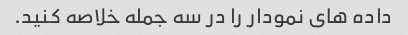
داده های نمودار را در سه جمله خلاصه کنید.